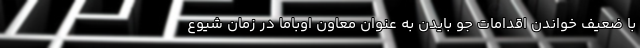
با ضعیف خواندن اقدامات جو بایدن به عنوان معاون اوباما در زمان شیوع